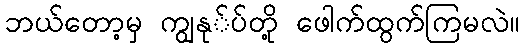
ဘယ်တော့မှ ကျွနု်ပ်တို့ ဖေါက်ထွက်ကြမလဲ။